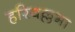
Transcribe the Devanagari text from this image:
हरिवल्लभा